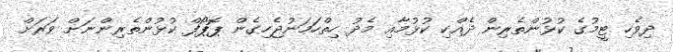
ދިވެހި ޓީމުގެ ކުޅުންތެރިން ދެއްކި ކުޅުމާއި މެދު ހިތްހަމަނުޖެހިގެން ޕޮޕޯފް ކުޅުންތެެރިންނަށް ވަރަށް